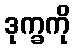
ဒုက္ခကို